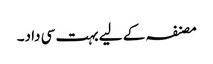
مصنفہ کے لیے بہت سی داد۔